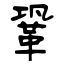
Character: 鞏